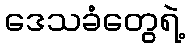
ဒေသခံတွေရဲ့